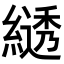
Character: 𦄭